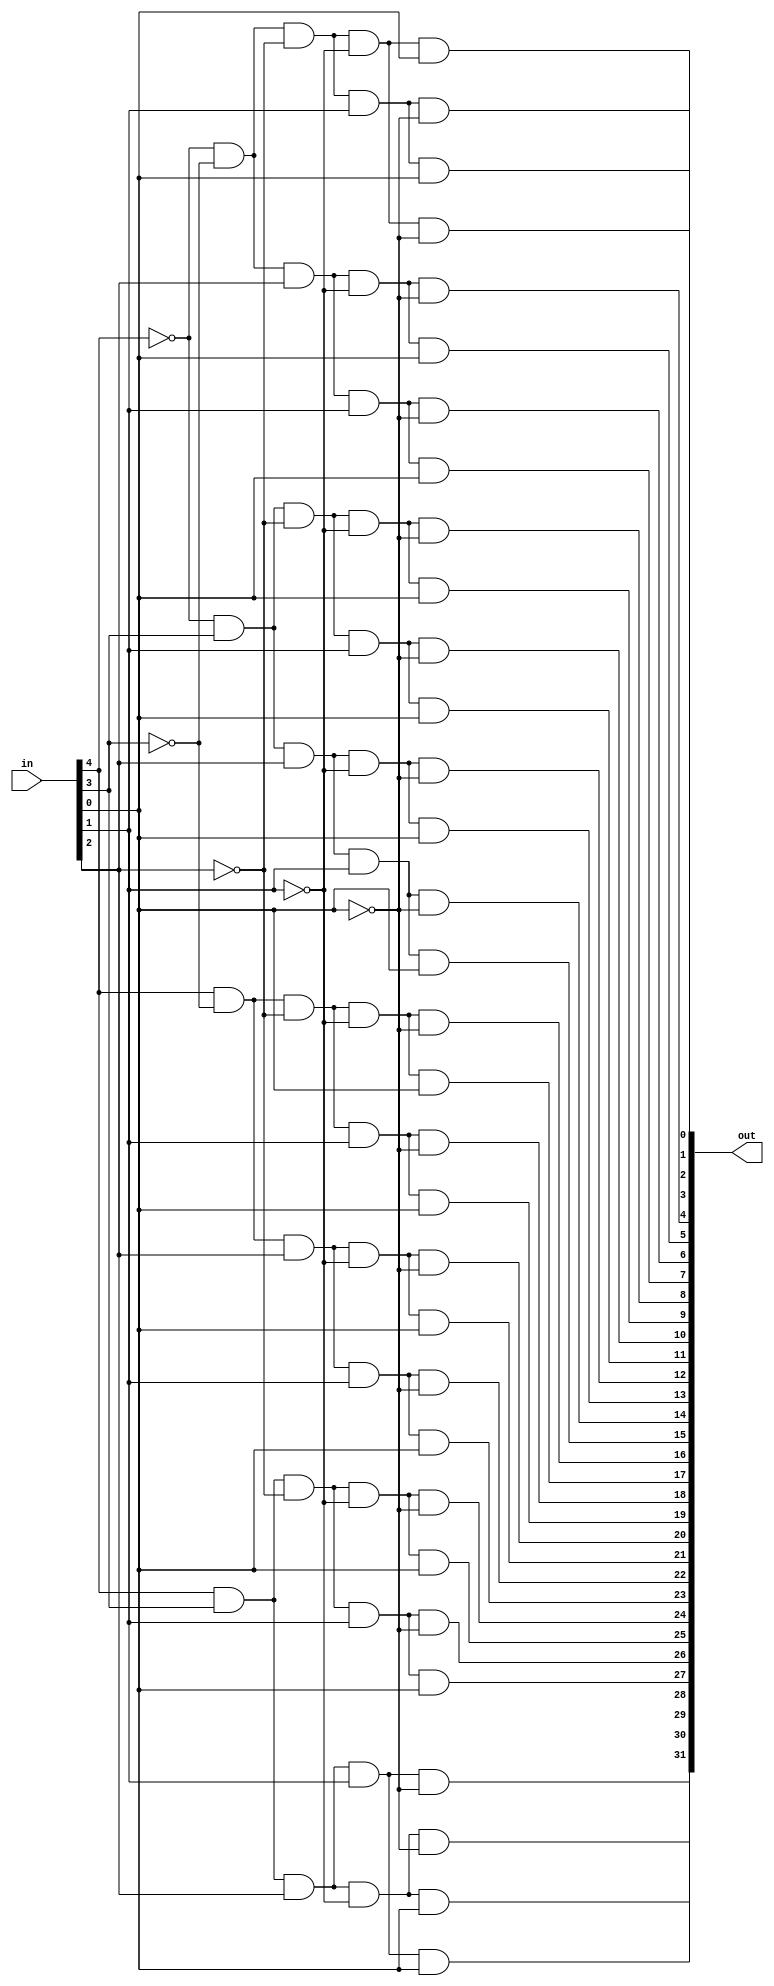
module decoder_32(in, out);
	input[4:0] in;
	output[31:0] out;
	
	wire[4:0] not_in;
	
	genvar i,j;
	generate
	for(i=0;i<5;i=i+1) begin: not_gate
         not not_(not_in[i], in[i]);
   end
	endgenerate
	
	//build a 32*4 wire table
	//col: in4 -> in0
	//out: 2 to the power of 5
	/*
					...000
					...001
					...010
					...011
					...100
					...101
					...110
					...111
	
	*/
	wire[4:0] table_ [31:0];
	
	//for the first column
	
	//fill not_in[4]
	generate
	for(i=0;i<16;i=i+1) begin: des1
         assign table_[i][4] = not_in[4];
   end
	endgenerate
	
	//fill in[4]
	generate
	for(i=16;i<32;i=i+1) begin: des2
         assign table_[i][4] = in[4];
   end
	endgenerate
	
	//for the second ccolumn
	//fill not_in[3]
	generate
	for(i=0;i<32;i=i+16) begin: des3
         for(j=0;j<8;j=j+1) begin: des4
				assign table_[i+j][3] = not_in[3];
			end
   end
	endgenerate
	
	//fill in[3]
	generate
	for(i=8;i<32;i=i+16) begin: des5
         for(j=0;j<8;j=j+1) begin: des6
				assign table_[i+j][3] = in[3];
			end
   end
	endgenerate
	
	//for the thrid column
	//fill not_in[2]
	generate
	for(i=0;i<32;i=i+8) begin: des7
         for(j=0;j<4;j=j+1) begin: des8
				assign table_[i+j][2] = not_in[2];
			end
   end
	endgenerate
	//fill in[2]
	generate
	for(i=4;i<32;i=i+8) begin: des9
         for(j=0;j<4;j=j+1) begin: des10
				assign table_[i+j][2] = in[2];
			end
   end
	endgenerate
	//for the forth column
	//fill not_in[1]
	generate
	for(i=0;i<32;i=i+4) begin: des11
         for(j=0;j<2;j=j+1) begin: des12
				assign table_[i+j][1] = not_in[1];
			end
   end
	endgenerate
	
	//fill in[1]
	generate
	for(i=2;i<32;i=i+4) begin: des13
         for(j=0;j<2;j=j+1) begin: des14
				assign table_[i+j][1] = in[1];
			end
   end
	endgenerate
	
	//fill not_in[0]
	generate
	for(i=0;i<32;i=i+2) begin: des15
         assign table_[i][0] = not_in[0];
   end
	endgenerate
	
	//fill in[0]
	generate
	for(i=1;i<32;i=i+2) begin: des16
         assign table_[i][0] = in[0];
   end
	endgenerate
	
	//add wire to and gate
	generate
	for(i=0;i<32;i=i+1) begin: and_gate
         and and_(out[i], table_[i][4],table_[i][3], table_[i][2], table_[i][1], table_[i][0]);
   end
	endgenerate
	
endmodule